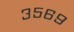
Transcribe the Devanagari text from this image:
३५६९